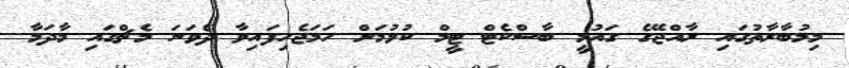
މިމުބާރާތުގައި ރާއްޖޭގެ ގައުމީ ބާސްކެޓް ޓީމް ކުޅުމަށް ހަމަޖެހިފައިވާ ދެވަނަ މެޗްގައި މާދަމާ